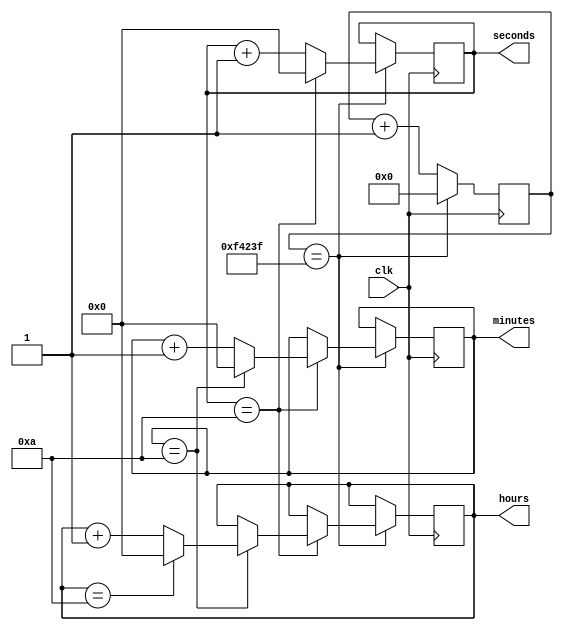
module clock_divider(
    input clk,
    output reg [3:0] seconds,
    output reg [3:0] minutes,
    output reg [3:0] hours
);

reg [23:0] counter;

always @(posedge clk) begin
    if (counter == 24'd999999) begin
        counter <= 24'b0;
        seconds <= seconds + 4'b1;
        
        if (seconds == 4'b1010) begin
            seconds <= 4'b0;
            minutes <= minutes + 4'b1;
            
            if (minutes == 4'b1010) begin
                minutes <= 4'b0;
                hours <= hours + 4'b1;
                
                if (hours == 4'b1010) begin
                    hours <= 4'b0;
                end
            end
        end
    end
    else begin
        counter <= counter + 1;
    end
end

endmodule